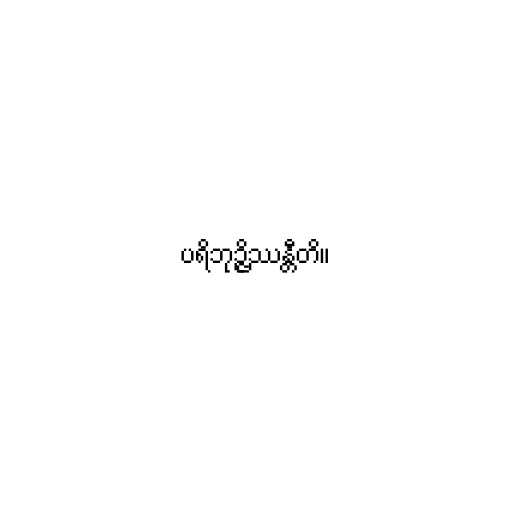
ပရိဘုဉ္ဇိဿန္တီတိ။